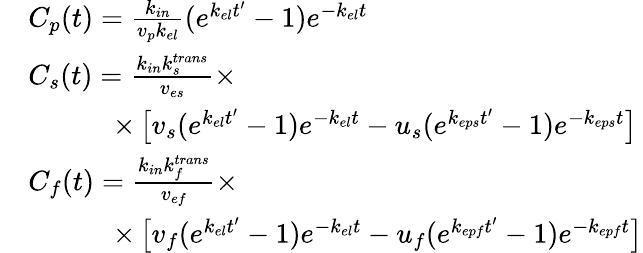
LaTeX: \begin{array}{rl}&{C_{p}(t)=\frac{k_{in}}{v_{p}k_{el}}(e^{k_{el}t^{\prime}}-1)e^{-k_{el}t}}\\ &{C_{s}(t)=\frac{k_{in}k_{s}^{trans}}{v_{es}}\times}\\ &{\qquad\quad\times\left[v_{s}(e^{k_{el}t^{\prime}}-1)e^{-k_{el}t}-u_{s}(e^{k_{eps}t^{\prime}}-1)e^{-k_{eps}t}\right]}\\ &{C_{f}(t)=\frac{k_{in}k_{f}^{trans}}{v_{ef}}\times}\\ &{\qquad\quad\times\left[v_{f}(e^{k_{el}t^{\prime}}-1)e^{-k_{el}t}-u_{f}(e^{k_{epf}t^{\prime}}-1)e^{-k_{epf}t}\right]}\end{array}